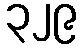
၃၂၉